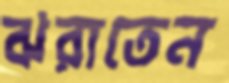
ঝরাতেন